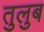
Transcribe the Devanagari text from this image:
तुलुब